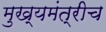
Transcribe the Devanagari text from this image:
मुख्यमंत्रीच